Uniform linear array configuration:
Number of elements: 32
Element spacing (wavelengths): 0.5
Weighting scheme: binomial
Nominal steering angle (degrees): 45
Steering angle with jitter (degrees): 44.548
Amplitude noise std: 0.05
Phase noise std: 0.05

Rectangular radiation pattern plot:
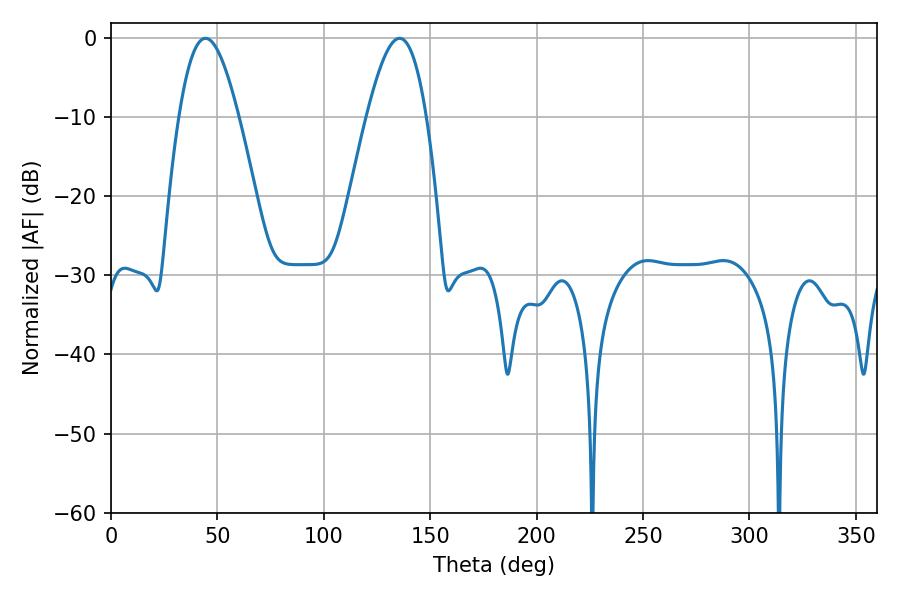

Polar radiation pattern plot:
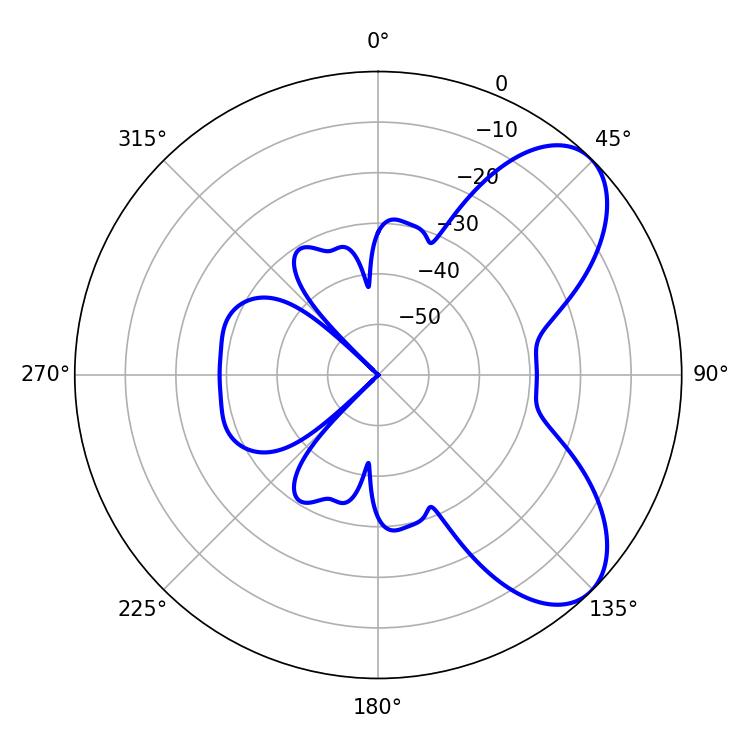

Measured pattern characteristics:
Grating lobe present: FALSE
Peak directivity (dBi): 6.926
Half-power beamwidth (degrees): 15.12
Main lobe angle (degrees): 135.54